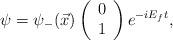
LaTeX: \begin{align*}\psi = {\psi}_- ( \vec{x}) \left(\begin{array}{c} 0 \\ 1 \end{array}\right) e^{-i E_f t } ,\end{align*}